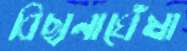
বিছানাঘেঁষা